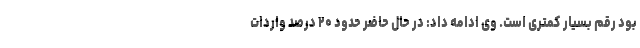
بود رقم بسیار کمتری است. وی ادامه داد: در حال حاضر حدود ۲۰ درصد واردات